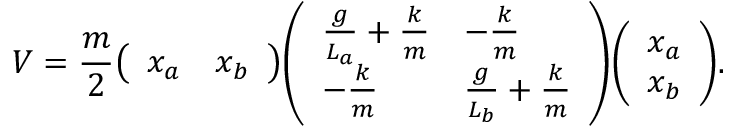
V = { \frac { m } { 2 } } { \left( \begin{array} { l l } { x _ { a } } & { x _ { b } } \end{array} \right) } { \left( \begin{array} { l l } { { \frac { g } { L _ { a } } } + { \frac { k } { m } } } & { - { \frac { k } { m } } } \\ { - { \frac { k } { m } } } & { { \frac { g } { L _ { b } } } + { \frac { k } { m } } } \end{array} \right) } { \left( \begin{array} { l } { x _ { a } } \\ { x _ { b } } \end{array} \right) } .